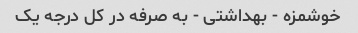
خوشمزه - بهداشتی - به صرفه در کل درجه یک